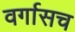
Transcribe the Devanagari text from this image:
वर्गासच